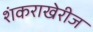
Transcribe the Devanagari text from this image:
शंकराखेरीज